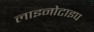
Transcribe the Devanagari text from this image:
लाइनोटाइप